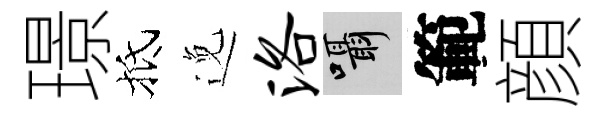
璟抵𨓜洛囁範顔